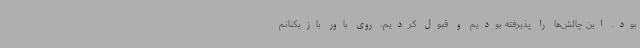
بود. این چالش‌ها را پذیرفته بودیم و قبول کردیم. روی باور بازیکنانم